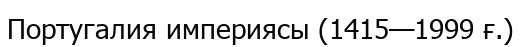
Португалия империясы (1415—1999 ғ.)